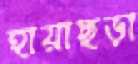
হায়াছড়া